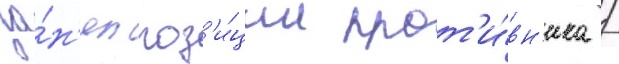
за́н'ял поз'и́ции прот'и́вн'ика /